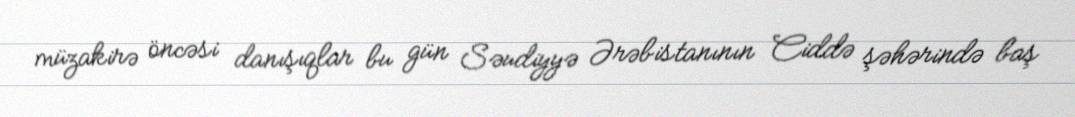
müzakirə öncəsi danışıqlar bu gün Səudiyyə Ərəbistanının Ciddə şəhərində baş